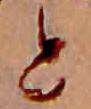
と